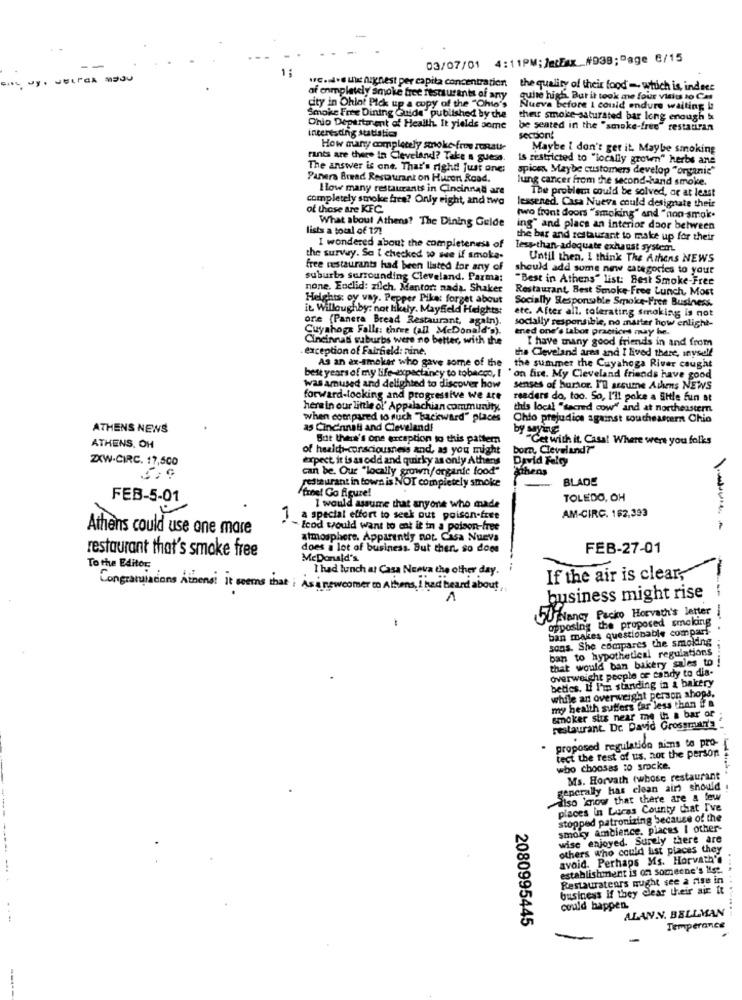
03/07/01 4:11PM; JetEux_#038;Page 6/15
1:
wc.w.si highest per capita concentration
the quality of their food - which is, indece
af completely smoke free restaurants of any
quite high. But it took me four visits to Cat
city in Ohiot Pick up a copy of the "Ohio's
Nueva before I could endure waiting !:
Smoke Free Dining Guide" published by the
their smoke-saturated bar long enough is
Ohio Department of Health. It yields some
interesting statlatic
be seated in the "smoke-free" restatiran
secDon!
How many completely smoke free rosate
Maybe I don't get it. Maybe smoking
rants are there in Cleveland? Take a guess.
is restricted to "locally grown" herbs ane
The answer is one. That's right! just one;
spices Maybe customers develop "organic"
Panera Bread Restaurant on Huron Road.
lung cancer from the second-hand smoke.
How many restaurants in Cincinnati are
The problem could be solved, or at least
completely smoke fare? Only eight, and two
of those are KFC.
lessened. Casa Nueva could designate their
What about Athens? The Dining Gelde
two front doors "smoking" and "non-smak.
lists a total of 17!
ing" and place an interior door between
the bar and restaurant to make up for their
I wondered about the completeness of
Less than-adequate exhaust system.
the survey. So I checked to see if smoke-
Until then. I think The Athens NEWS
free restaurants had been listed for any of
should add some new categories to your
suburbs surrounding Cleveland. Parma:
"Best in Athens" list: Best Smoke-Free
none, Enclid: zilch. Mantort nada. Shaker
Restaurant Best Smoke-Free Lunch, Most
Heights: oy vay. Pepper Pika: forget about
Socially Responsable Smoke-Free Business.
it Willoughby: not likely. Mayfield Heights:
etc. After all, tolerating smoking is not
ore (Panera Bread Restaurant, again).
Cuyahoga Falls: three (all McDonald's).
socially responsible, no matter how enlight-
ened one's Labor practices may he.
Cincinnati suburbs were no better, with the
I have many good friends in and from
exception of Fairfield: nine.
the Cleveland ares and I lived there, inyself
As an ax-smoker who gave some of the
best years of my life expectancy to tobacco, I
the summer the Cuyahoga River caught
on fire. My Cleveland friends have good
Was amused and delighted to discover how
senses of hurtor. I'll assume Athens NEWS
forward-looking and progressive we are
readers do, too. So, I'll poke a SHle fun at
here in our little of' Appalachian community.
this local "sacred cow" and at northeastern.
when compared to fuck "Backward" places
Chto prejudice against southeastern Chio
ATHENS NENS
as Cincinnati and Cleveland!
by Myng
But that's one ercaption to this pattern
"Get with it, Casal Where were you folks
ATHENS. OH
of health-consciousness and, as you might
born, Cleveland?"
ZXW-CIRC. 17,500
expect, it is as odd and quirky as only Athens
David Fakty
can be. Our "locally grown/organic food"
athens
restaurant in town is NOT completely smoke
BLADE
freet Go figure!
FEB-5-01
TOLEDO, OH
I would assume that anyone who made
AM-CIRC. 162,393
1 a special effort to seek out poison-free
Athens could use ane mare
Ecod would want to eat it in a poison-free
atmosphere. Apparently not. Casa Nueva
restaurant that's smoke free
does a lot of business. But ther so does
FEB-27-01
McDonald's
To the Editor
I had lunch at Casa Nueva the other day.
If the air is clear,
Congratulations Atmensi it seems that ; As a newcomer on Alters, I had heard about,
business might rise
--
-
SU Nancy Pecko Horvath's letter /
opposing the proposed smolaing
ban makes questionable compari
sons. She compares the smoking
ban to hypothetical regulations
that would ban bakery sales to
overweight people of candy to dia-
betics. Li I'm standing in a bakery
while an overweight person shops,
my health suffers far less than if a
smoker siis near me to a bar or
restaurant. Dr. David Grossman's
proposed regulatido nins to pro-
.
tect the rest of us, not the person
who chooses to srocke.
Ms. Horvath (whose restaurant
generally has clean air) should !
diso now that there are a few
places in Lucas County chat I've
stopped patronizing because of the
smoky ambience, places I other
wise enjoyed. Surely there are
others who could list places they
avoid. Perhaps Ms. Horvath'
establishment is on someone's list.
Restaurateurs nught see a rise in
business if they clear their air it
could happen.
ALANN. BELLMAN
2080995445
Temperance
-----